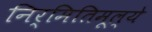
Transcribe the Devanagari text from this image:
निर्मितिमूल्ये